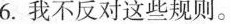
6.我不反对这些规则。